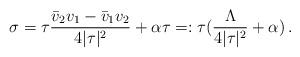
LaTeX: \begin{align*}\sigma = \tau \frac{\bar v_2 v_1 - \bar v_1 v_2}{4 |\tau|^2} + \alpha\tau =: \tau(\frac{\Lambda}{4|\tau|^2} + \alpha)\, .\end{align*}